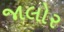
જાલોર